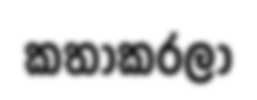
කතාකරලා